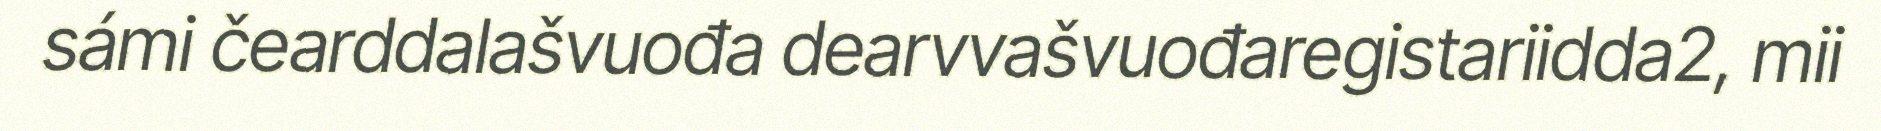
sámi čearddalašvuođa dearvvašvuođaregistariidda2, mii